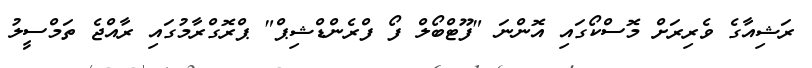
ރަޝިއާގެ ވެރިރަށް މޮސްކޯގައި އޮންނަ "ފޫޓްބޯލް ފޯ ފްރެންޑްޝިޕް" ޕްރޮގްރާމުގައި ރާއްޖެ ތަމްސީލު